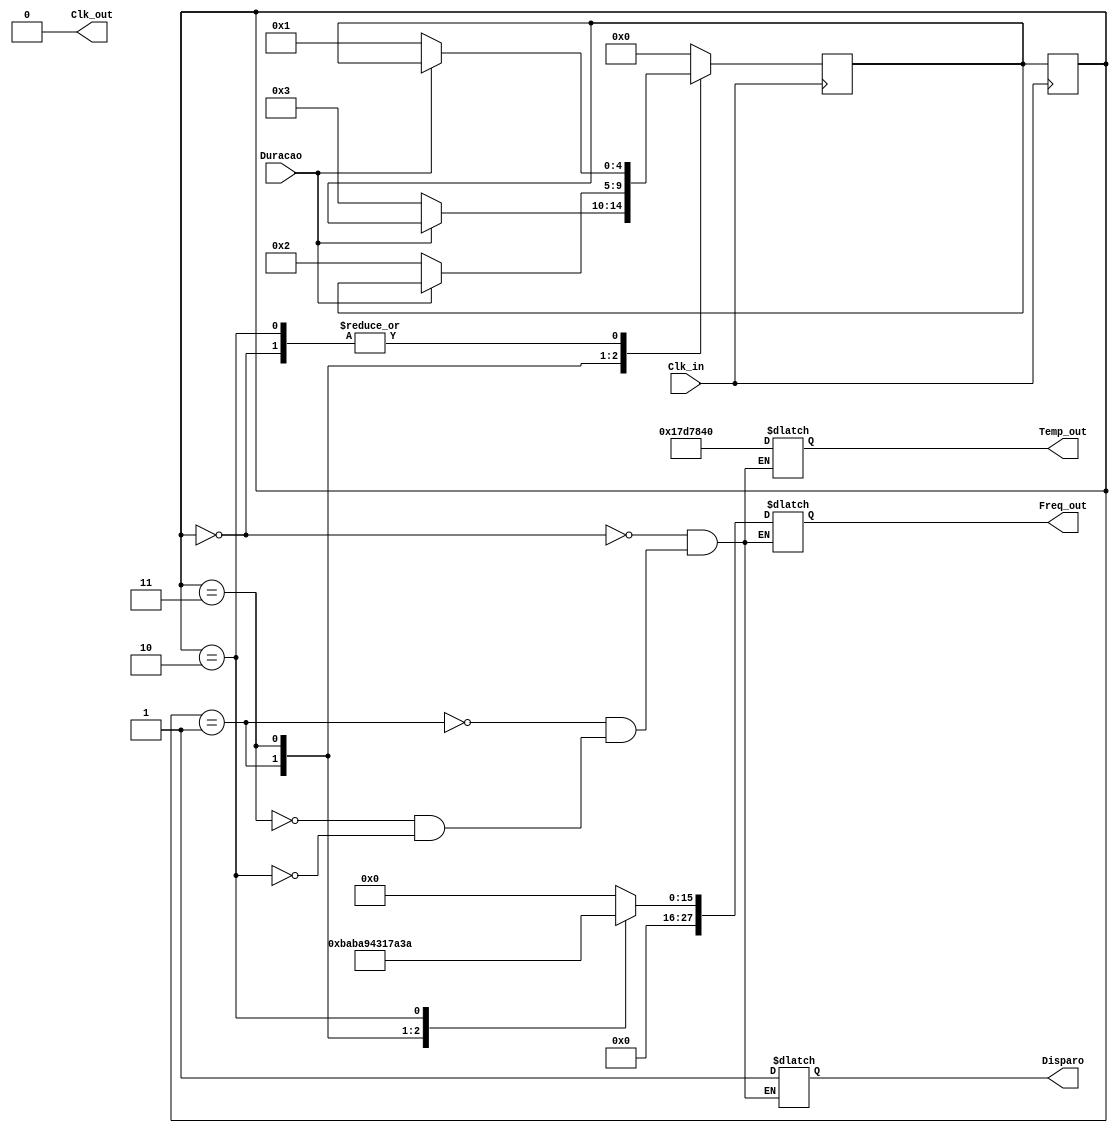
module controlador_teste
(
	output Clk_out = 1'b0,
	output reg Disparo = 1'b0, 
	output reg [27:0] Temp_out,
	output reg [27:0] Freq_out,	
	input Clk_in, Duracao	
);
	//overflow para frequencias
	`define C4 47802 //1046Hz (C4 ou Dó4)
	`define D4 42553 //1175Hz (D4 ou Ré4)
	`define E4 37937 //1318Hz (E4 ou Mi4)
	`define F4 35791 //1397Hz (F4 ou Fá4)
	`define G4 31290 //1598Hz (G4 ou Sol4)
	
	//overflow para tempos
	`define ov_t1 200000000 //4000ms
	`define ov_t2 100000000 //2000ms
	`define ov_t3 50000000 //1000ms
	`define ov_t4 25000000 //500ms
	`define ov_t5 12500000 //250ms
	
	//FSM Declaração de estados 
	reg [4:0] estado, prox_estado;	
	localparam s0 = 2'b00;   //define estado 0
	localparam s1 = 2'b01;   //define estado 1
	localparam s2 = 2'b11;   //define estado 2
	localparam s3 = 2'b10;   //define estado 3
	
	//FSM Lógica para controle do estado atual
	always @ (posedge Clk_in)
	begin : L1
		estado <= prox_estado;
	end
	
	//FSM Lógica para controle do próximo estado
	always @ (posedge Clk_in)//Combinacional 
	begin : L2
		case (estado)
			s0: if (!Duracao) prox_estado <= s1;//próximo estado	
			s1: if (!Duracao) prox_estado <= s2;//próximo estado
			s2: if (!Duracao) prox_estado <= s3;//próximo estado	
			s3: if (!Duracao) prox_estado <= s1;//próximo estado
			default: prox_estado <= s0; //recupera de estado inválido
		endcase
	end	
	
	//FSM Lógica para controle das saídas
	always @ (estado)//Combinacional 
	begin : L3
		case (estado) //s0 apenas inicia a prox nota
			s0: nota(0,`ov_t4);  //freq atual, dur prox		
			s1: nota(`C4,`ov_t4);//freq atual, dur prox
			s2: nota(`E4,`ov_t4);//freq atual, dur prox
			s3: nota(`G4,`ov_t4);//freq atual, dur prox		
		endcase
	end
	
	//Atribuição contínua
	assign Clk_out = Duracao & Clk_in;	
	
	//Tarefa para atribuição de saídas nos estados
	task nota( input [27:0] ov_f, ov_t);
	begin
		Temp_out = ov_t; //define a duração	proxima nota			
		Freq_out = ov_f; //define a frequência nota atual
		Disparo = 1'b1;  //dispara o temp a próxima nota		
	end
	endtask
	
endmodule